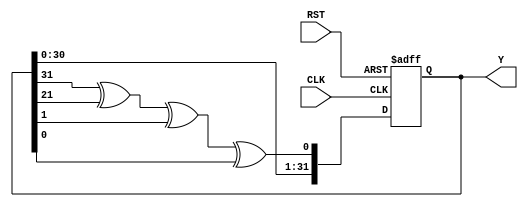
module uniformRV32 ( RST, CLK, Y );
  
  input   CLK;
  input   RST;
  
  parameter SEED = 32'h0F0F0F0F;

  output reg [31:0]  Y;
  
  reg  [31:0] next;
  
  always@* begin
    next[31] = Y[30];
    next[30] = Y[29];
    next[29] = Y[28];
    next[28] = Y[27];
    next[27] = Y[26];
    next[26] = Y[25];
    next[25] = Y[24];
    next[24] = Y[23];
    next[23] = Y[22];
    next[22] = Y[21];
    next[21] = Y[20];
    next[20] = Y[19];
    next[19] = Y[18];
    next[18] = Y[17];
    next[17] = Y[16];
    next[16] = Y[15];
    next[15] = Y[14];
    next[14] = Y[13];
    next[13] = Y[12];
    next[12] = Y[11];
    next[11] = Y[10];
    next[10] = Y[9];
    next[9] = Y[8];
    next[8] = Y[7];
    next[7] = Y[6];
    next[6] = Y[5];
    next[5] = Y[4];
    next[4] = Y[3];
    next[3] = Y[2];
    next[2] = Y[1];
    next[1] = Y[0];
    next[0] = Y[31]^Y[21]^Y[1]^Y[0];
  end
  
  always@(posedge CLK or posedge RST) begin
    if (RST) begin
      Y <= SEED;
    end else begin
      Y <= next;
    end
  end
  
endmodule